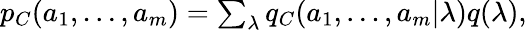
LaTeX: \begin{array}{r}{p_{C}(a_{1},\ldots,a_{m})=\sum_{\lambda}q_{C}(a_{1},\ldots,a_{m}|\lambda)q(\lambda),}\end{array}